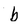
Character: b